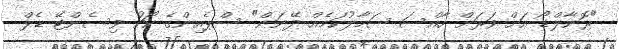
"ރޮނާލްޑޯ އަށް ވަރަށް ހާއްސަ ސަމާލުކަމެއް ދޭނަން" ސްޕެއިންގެ ކޯޗު ވިސެންޓޭ ޑެލް